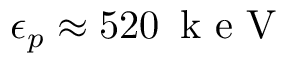
\epsilon _ { p } \approx 5 2 0 \, \mathrm { ~ k ~ e ~ V ~ }